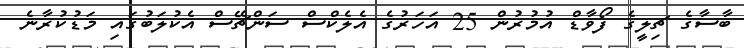
ބާސާގެ ޗިލީގެ ފޯވާޑް އުމުރުން 25 އަހަރުގެ އެލެކްސް ސަންޗޭސް އެކުލަބުގައި މަޑުކުރާނެ